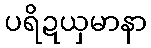
ပရိဍယှမာနာ